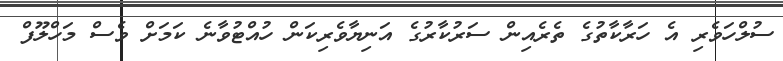
ސުލްހަވެރި އެ ހަރާކާތުގެ ތެރެއިން ސަރުކާރުގެ އަނިޔާވެރިކަން ހުއްޓުވާނެ ކަމަށް ވެސް މަހްލޫފް